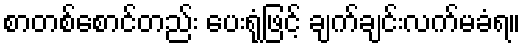
စာတစ်စောင်တည်း ပေးရုံဖြင့် ချက်ချင်းလက်မခံရ။